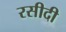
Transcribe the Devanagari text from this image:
रसीदी